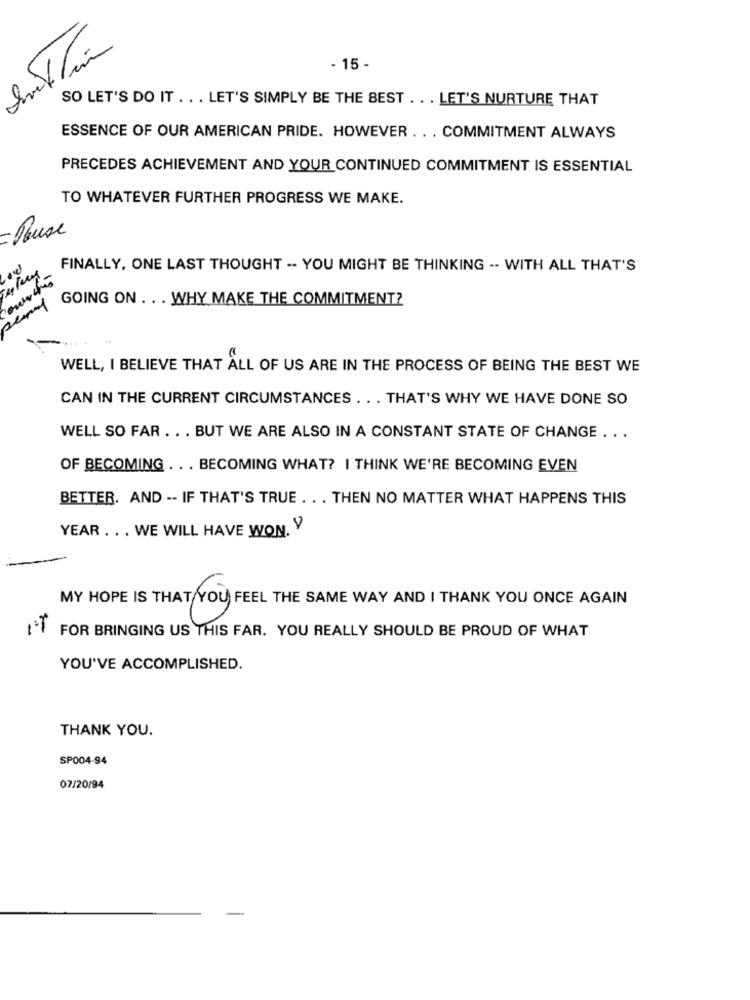
- 15 -
SO LET'S DO IT . . . LET'S SIMPLY BE THE BEST . . . LET'S NURTURE THAT
ESSENCE OF OUR AMERICAN PRIDE. HOWEVER . . . COMMITMENT ALWAYS
PRECEDES ACHIEVEMENT AND YOUR CONTINUED COMMITMENT IS ESSENTIAL
TO WHATEVER FURTHER PROGRESS WE MAKE.
- Rouse
FINALLY, ONE LAST THOUGHT -- YOU MIGHT BE THINKING -- WITH ALL THAT'S
GOING ON . . . WHY MAKE THE COMMITMENT?
WELL, I BELIEVE THAT ALL OF US ARE IN THE PROCESS OF BEING THE BEST WE
CAN IN THE CURRENT CIRCUMSTANCES . .. THAT'S WHY WE HAVE DONE SO
WELL SO FAR ... BUT WE ARE ALSO IN A CONSTANT STATE OF CHANGE ...
OF BECOMING . . . BECOMING WHAT? I THINK WE'RE BECOMING EVEN
BETTER. AND -- IF THAT'S TRUE . . . THEN NO MATTER WHAT HAPPENS THIS
YEAR . . . WE WILL HAVE WON. Y
MY HOPE IS THAT YOU FEEL THE SAME WAY AND I THANK YOU ONCE AGAIN
L'I FOR BRINGING US THIS FAR. YOU REALLY SHOULD BE PROUD OF WHAT
YOU'VE ACCOMPLISHED.
THANK YOU.
SP004-94
07/20/94